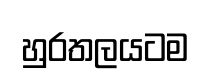
හුරතලයටම